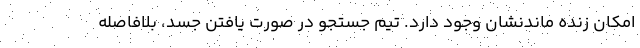
امکان زنده ماندنشان وجود دارد. تیم جستجو در صورت یافتن جسد، بلافاصله